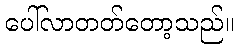
ပေါ်လာတတ်တော့သည်။